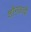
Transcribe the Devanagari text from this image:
शौनकादी